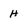
Character: h